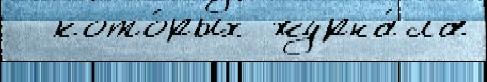
  кото́рых журна́ла